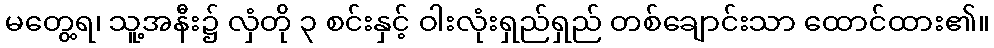
မတွေ့ရ၊ သူ့အနီး၌ လှံတို ၃ စင်းနှင့် ဝါးလုံးရှည်ရှည် တစ်ချောင်းသာ ထောင်ထား၏။